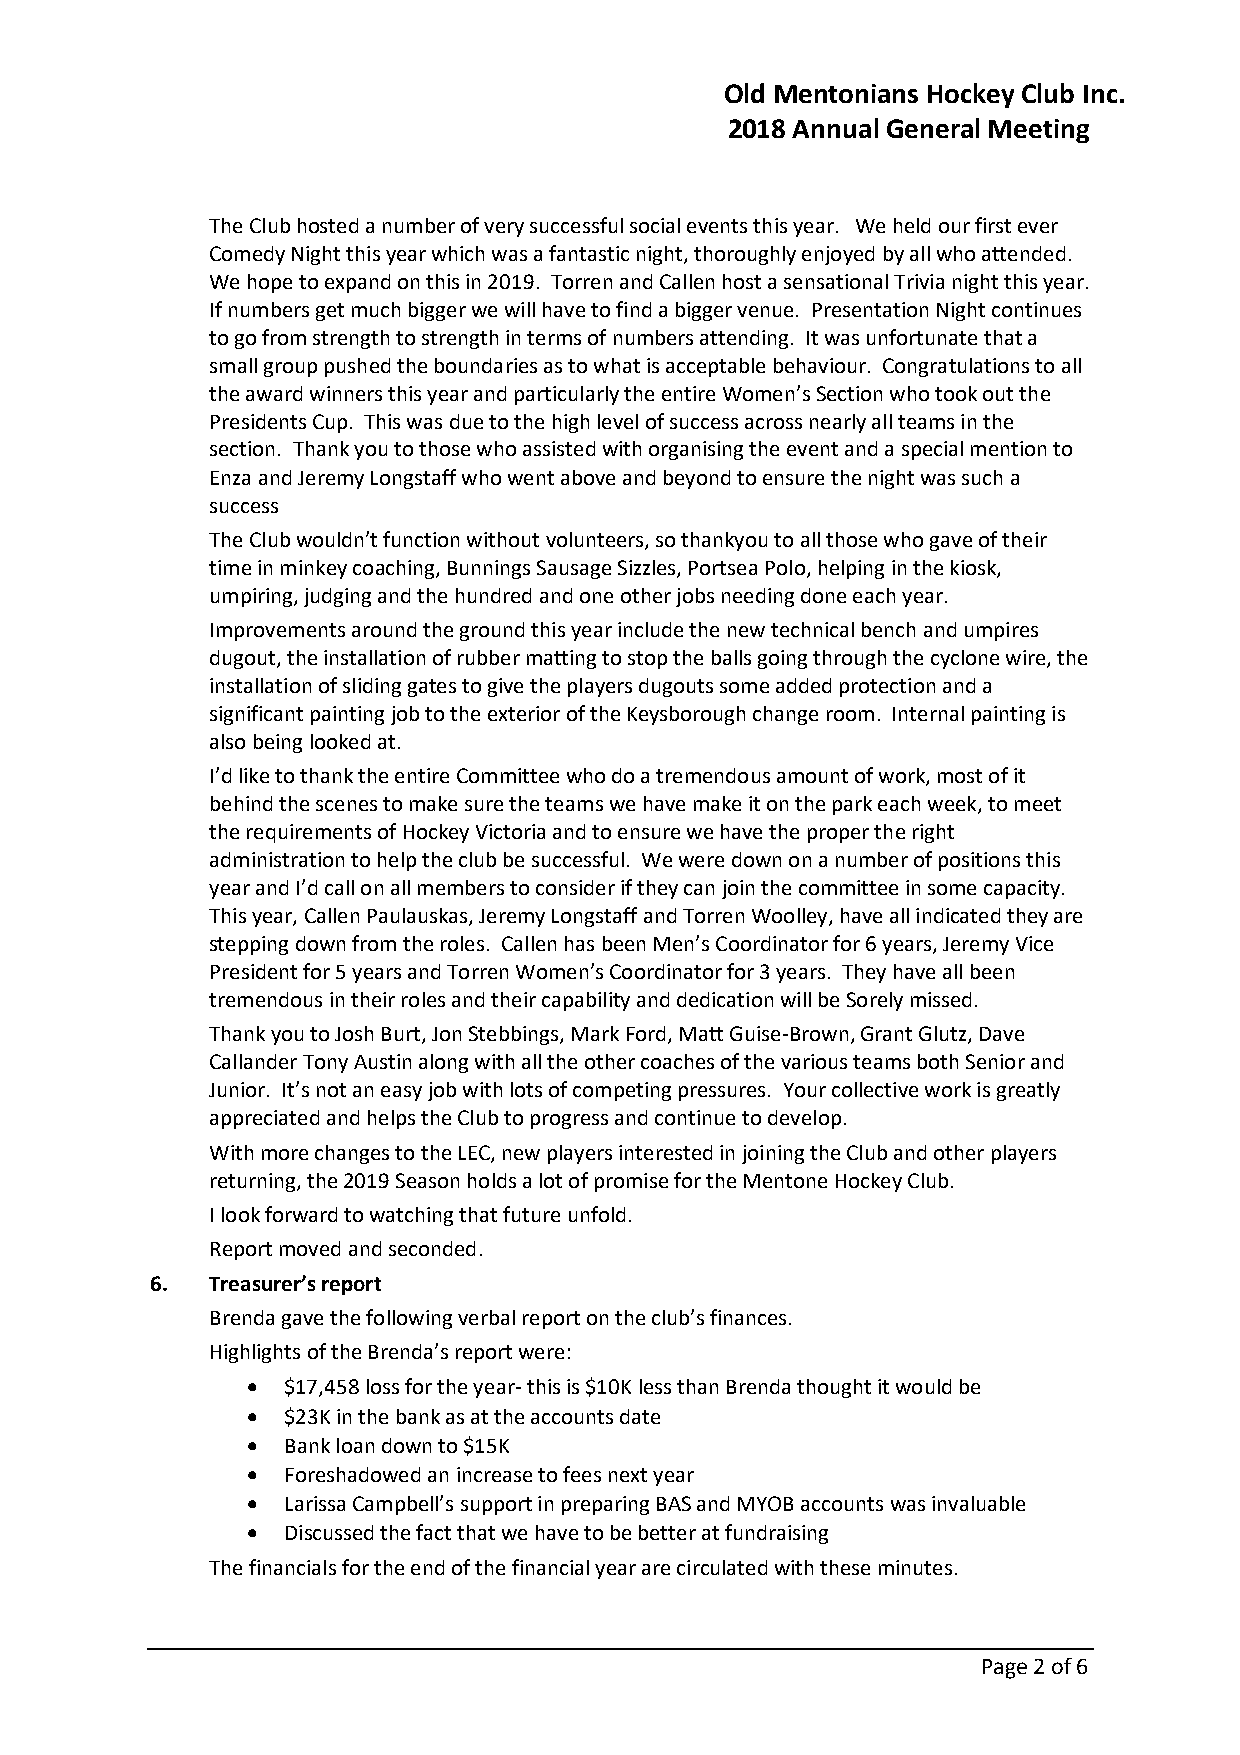
Old Mentonians Hockey Club Inc.
 2018 Annual General Meeting
 The Club hosted a number of very successful social events this year. We held our first ever
 Comedy Night this year which was a fantastic night, thoroughly enjoyed by all who attended.
 We hope to expand on this in 2019. Torren and Callen host a sensational Trivia night this year.
 If numbers get much bigger we will have to find a bigger venue. Presentation Night continues
 to go from strength to strength in terms of numbers attending. It was unfortunate that a
 small group pushed the boundaries as to what is acceptable behaviour. Congratulations to all
 the award winners this year and particularly the entire Women’s Section who took out the
 Presidents Cup. This was due to the high level of success across nearly all teams in the
 section. Thank you to those who assisted with organising the event and a special mention to
 Enza and Jeremy Longstaff who went above and beyond to ensure the night was such a
 success
 The Club wouldn’t function without volunteers, so thankyou to all those who gave of their
 time in minkey coaching, Bunnings Sausage Sizzles, Portsea Polo, helping in the kiosk,
 umpiring, judging and the hundred and one other jobs needing done each year.
 Improvements around the ground this year include the new technical bench and umpires
 dugout, the installation of rubber matting to stop the balls going through the cyclone wire, the
 installation of sliding gates to give the players dugouts some added protection and a
 significant painting job to the exterior of the Keysborough change room. Internal painting is
 also being looked at.
 I’d like to thank the entire Committee who do a tremendous amount of work, most of it
 behind the scenes to make sure the teams we have make it on the park each week, to meet
 the requirements of Hockey Victoria and to ensure we have the proper the right
 administration to help the club be successful. We were down on a number of positions this
 year and I’d call on all members to consider if they can join the committee in some capacity.
 This year, Callen Paulauskas, Jeremy Longstaff and Torren Woolley, have all indicated they are
 stepping down from the roles. Callen has been Men’s Coordinator for 6 years, Jeremy Vice
 President for 5 years and Torren Women’s Coordinator for 3 years. They have all been
 tremendous in their roles and their capability and dedication will be Sorely missed.
 Thank you to Josh Burt, Jon Stebbings, Mark Ford, Matt Guise-Brown, Grant Glutz, Dave
 Callander Tony Austin along with all the other coaches of the various teams both Senior and
 Junior. It’s not an easy job with lots of competing pressures. Your collective work is greatly
 appreciated and helps the Club to progress and continue to develop.
 With more changes to the LEC, new players interested in joining the Club and other players
 returning, the 2019 Season holds a lot of promise for the Mentone Hockey Club.
 I look forward to watching that future unfold.
 Report moved and seconded.
 6.  Treasurer’s report
 Brenda gave the following verbal report on the club’s finances.
 Highlights of the Brenda’s report were:
   $17,458 loss for the year- this is $10K less than Brenda thought it would be
   $23K in the bank as at the accounts date
   Bank loan down to $15K
   Foreshadowed an increase to fees next year
   Larissa Campbell’s support in preparing BAS and MYOB accounts was invaluable
   Discussed the fact that we have to be better at fundraising
 The financials for the end of the financial year are circulated with these minutes.
 Page 2 of 6